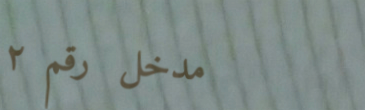
مدخل رقم ٢